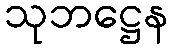
သုဘဋ္ဌေန